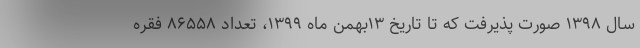
سال ۱۳۹۸ صورت پذیرفت که تا تاریخ ۱۳بهمن ماه ۱۳۹۹، تعداد ۸۶۵۵۸ فقره